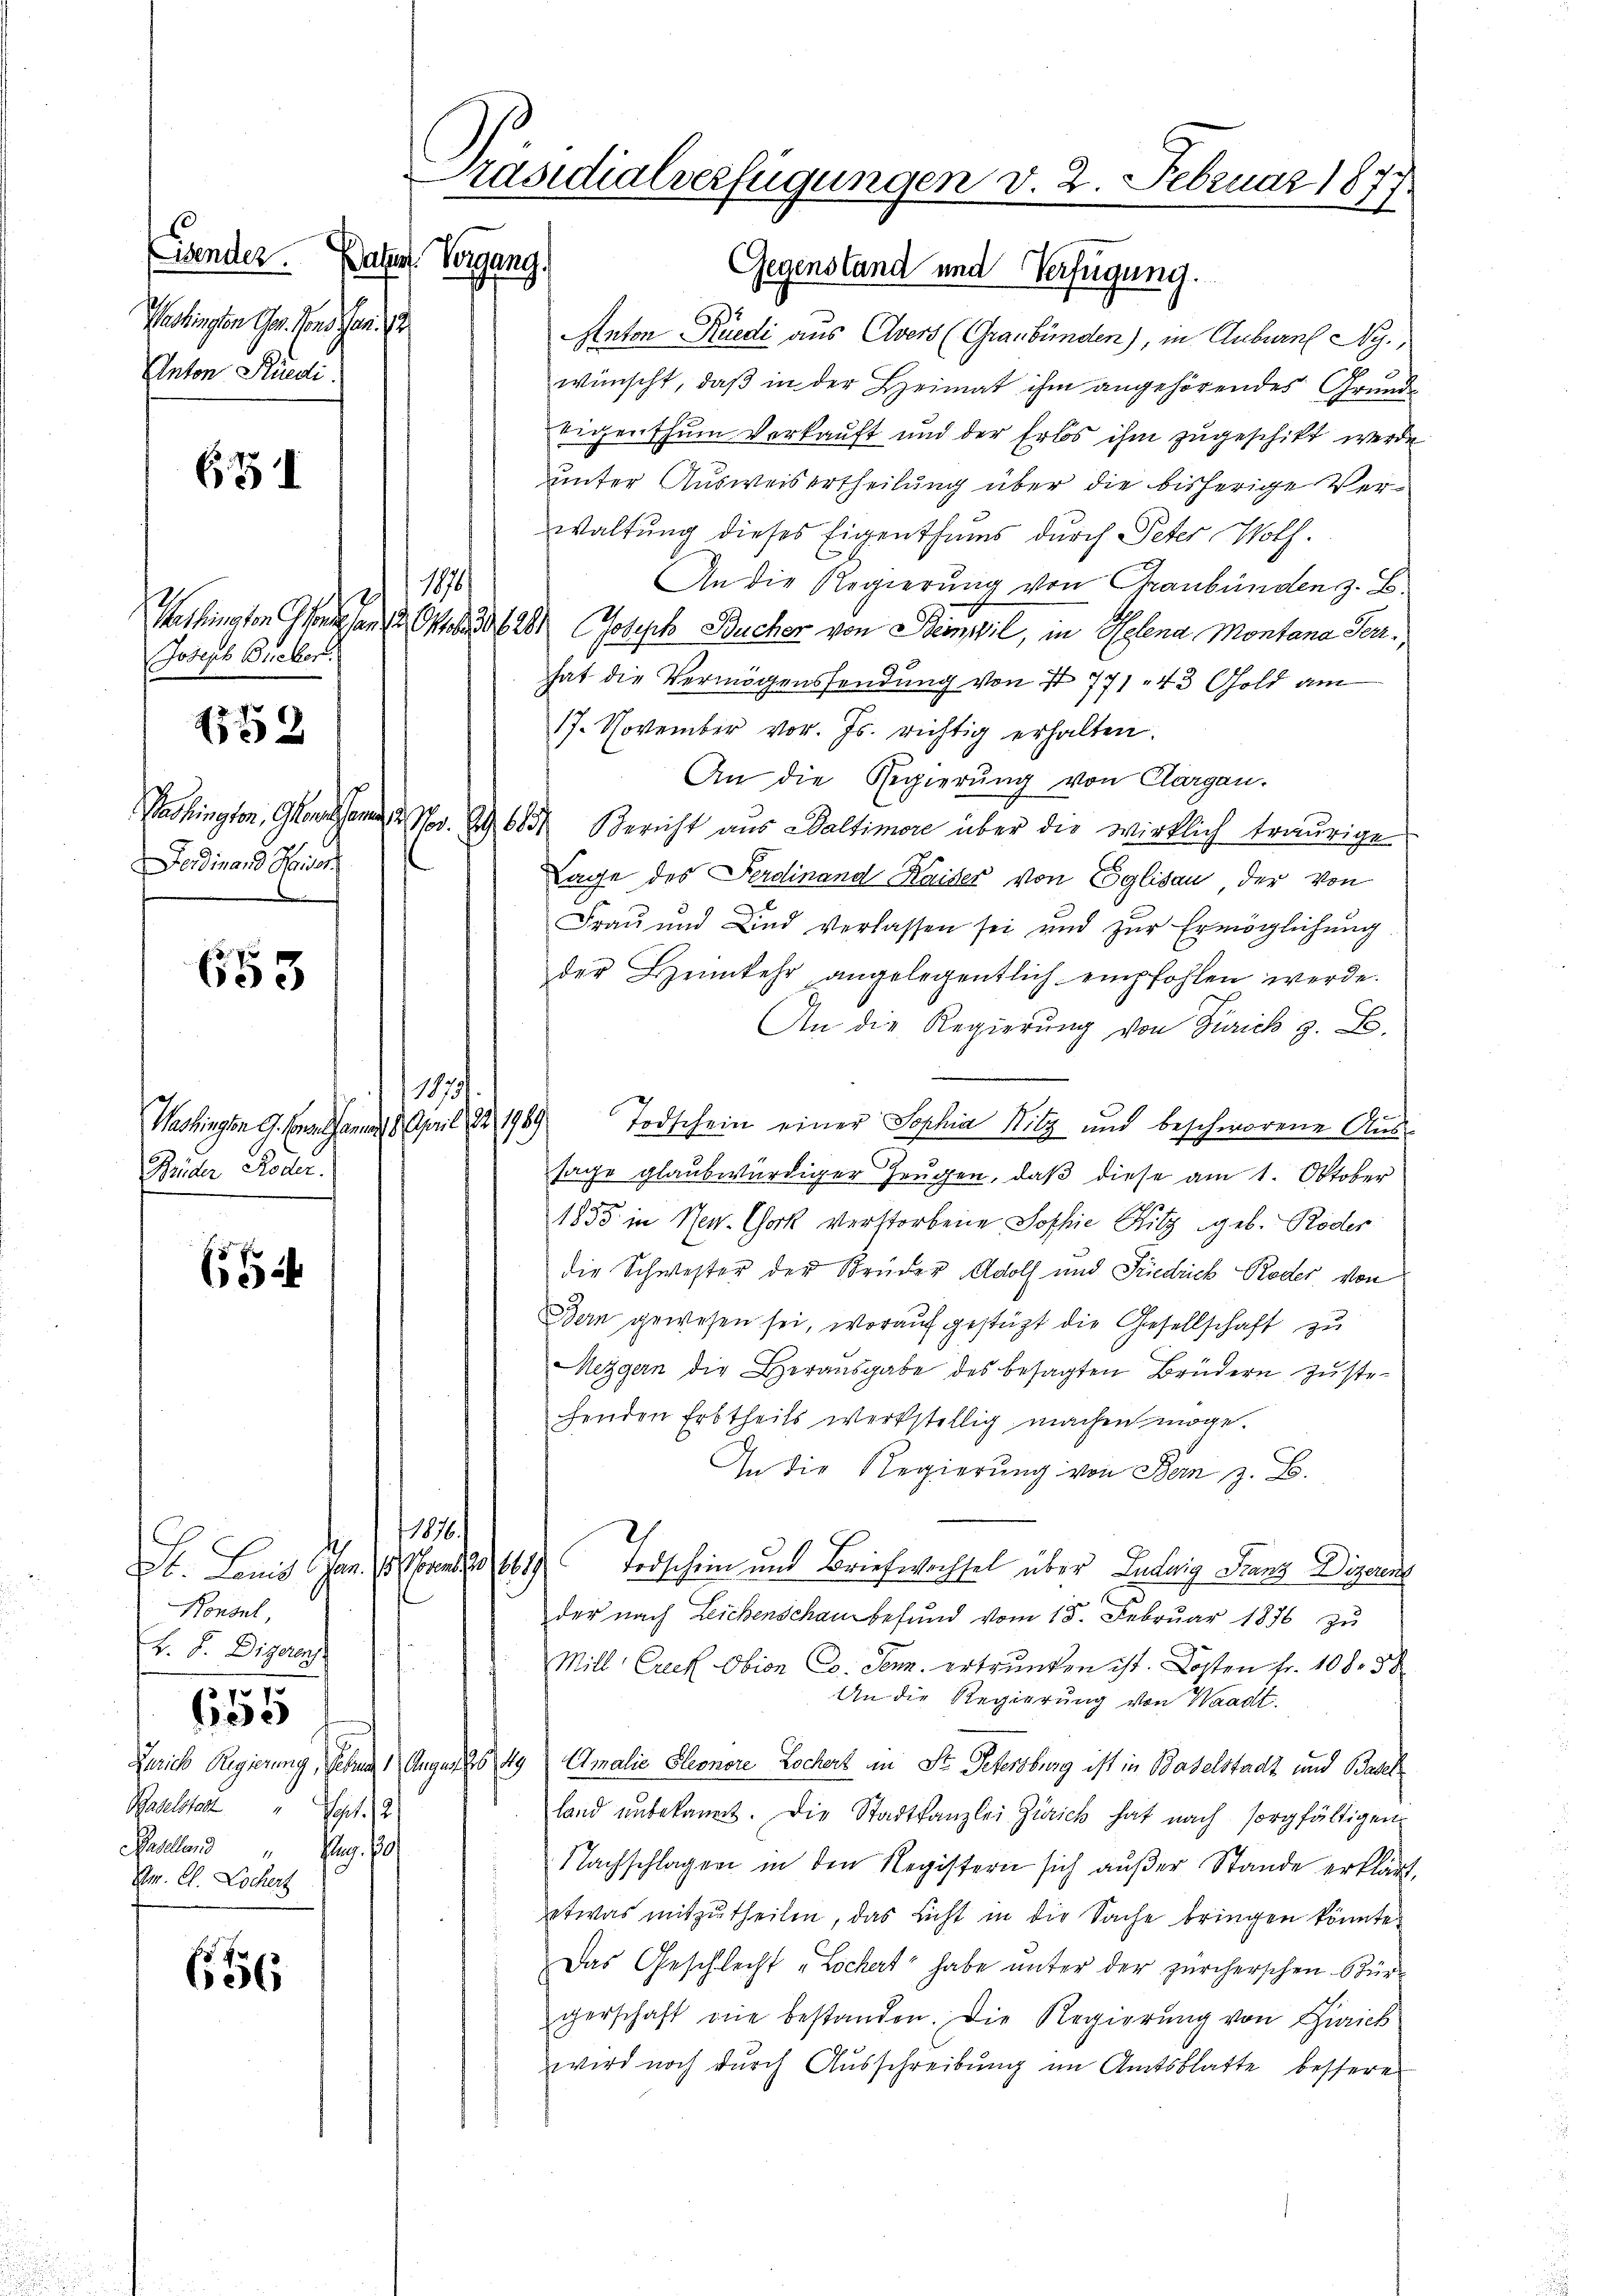
(Zender. Pater Vorgang,
Paolingen Ger. Morden.
Anton Studi

631

Joseph Bieber.

1553

ashington, Glarus am 29.
Ferdinand Saison

653

Washingen G. B. Jan. 1. April 182, 1989
Rüder Roder

66

de
Konsul,
v. F. Bigaro

370
55

Baselstadt Sept. 12
Haselland     "     Aug. 179
Am. Cl. Lochert

656

Präsidialverfügungen v. 2. Februar 1877.

Gegenstand und Verfügung.
Anton Rüedi aus Avers (Graubünden), in Auburnf Ny.,
wünscht, daβ in der Heimat ihm angehörendes Grŭnde
eigenthum verkauft und der Erlös ihm zugeschikt werde
unter Ausweisertheilung über die bisherige Verwaltung dieses Eigenthums durch Peter Wolh.
An die Regierung von Graubünden z. B.
Washington fond an 2 Oktober 20 Joseph Bucher von Beinwil, in Helena Montana Serhat die Vermögenssendung von I 771, 43 Gold am
17. November vor. Js. richtig erhalten.
An die Regierung von Clargau.
S. 685 Bericht aus Waltimore über die wirklich traurige
Tage des Ferdinand Kaiser von Eglisau, der von
Frau und Kind verlassen sei und zur Ermöglichung
der Heimkehr angelegentlich empfohlen werde.
An die Regierung von Zürich z. B.
.
Todschein einer Sophia Nitz und beschworene Aus
sage glaubwürdiger Zeugen, daß diese am 1. Oktober
1855 in Neu. Chork verstorbene Sophie Ritz geb. Roder
die Schwester der Brüder Adolf und Friedrick Roder, von
Dern gewesen sei, worauf gestüzt die Gesellschaft zu
Mezgern die Heraŭsgabe des besagten Brüdern zŭste-
fenden Erbtheils werkstellig machen möge.
An die Regierung von Bern z. B.
1876.
St. Louis Jan. 1. Mande 161. Todschein und Briefwechsel über Ludwig Franz Diparen
der nach Leichenschau befund vom 15. Februar 1876 zŭ
Mill Creck Obion Co. Senn ertrunken ist. Kosten Fr. 108. 38
An die Regierung von Waadt.
Gerich Regierung, geben 1. August 1849 Amalie Pleonore Lochert an St. Petersburg ist in Baselstadt und Basel
land ŭnbekannt. Die Stadtkanzlei Zürich hat nach sorgfältigen
Nachschlagen in den Registern sich außer Stande erklärt,
etwas mitzutheilen, das Licht in die Sache bringen könnte.
Das Geschlecht „Löchert habe unter der zürcherschen Stürgerschaft die bestanden. Die Regierung von Zürich
wird noch durch Ausschreibung im Amtsblatte bessere

e) 111

11731.